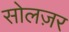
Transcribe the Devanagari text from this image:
सोलज़र